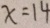
x = 1 4